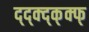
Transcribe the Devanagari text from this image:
द्द्क्द्क्क्फ्